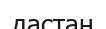
дастан